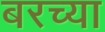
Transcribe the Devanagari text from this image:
बरच्या